65_HS1-834228961_62-HQ-83894_Section_1
Agency: FBI
Page 139
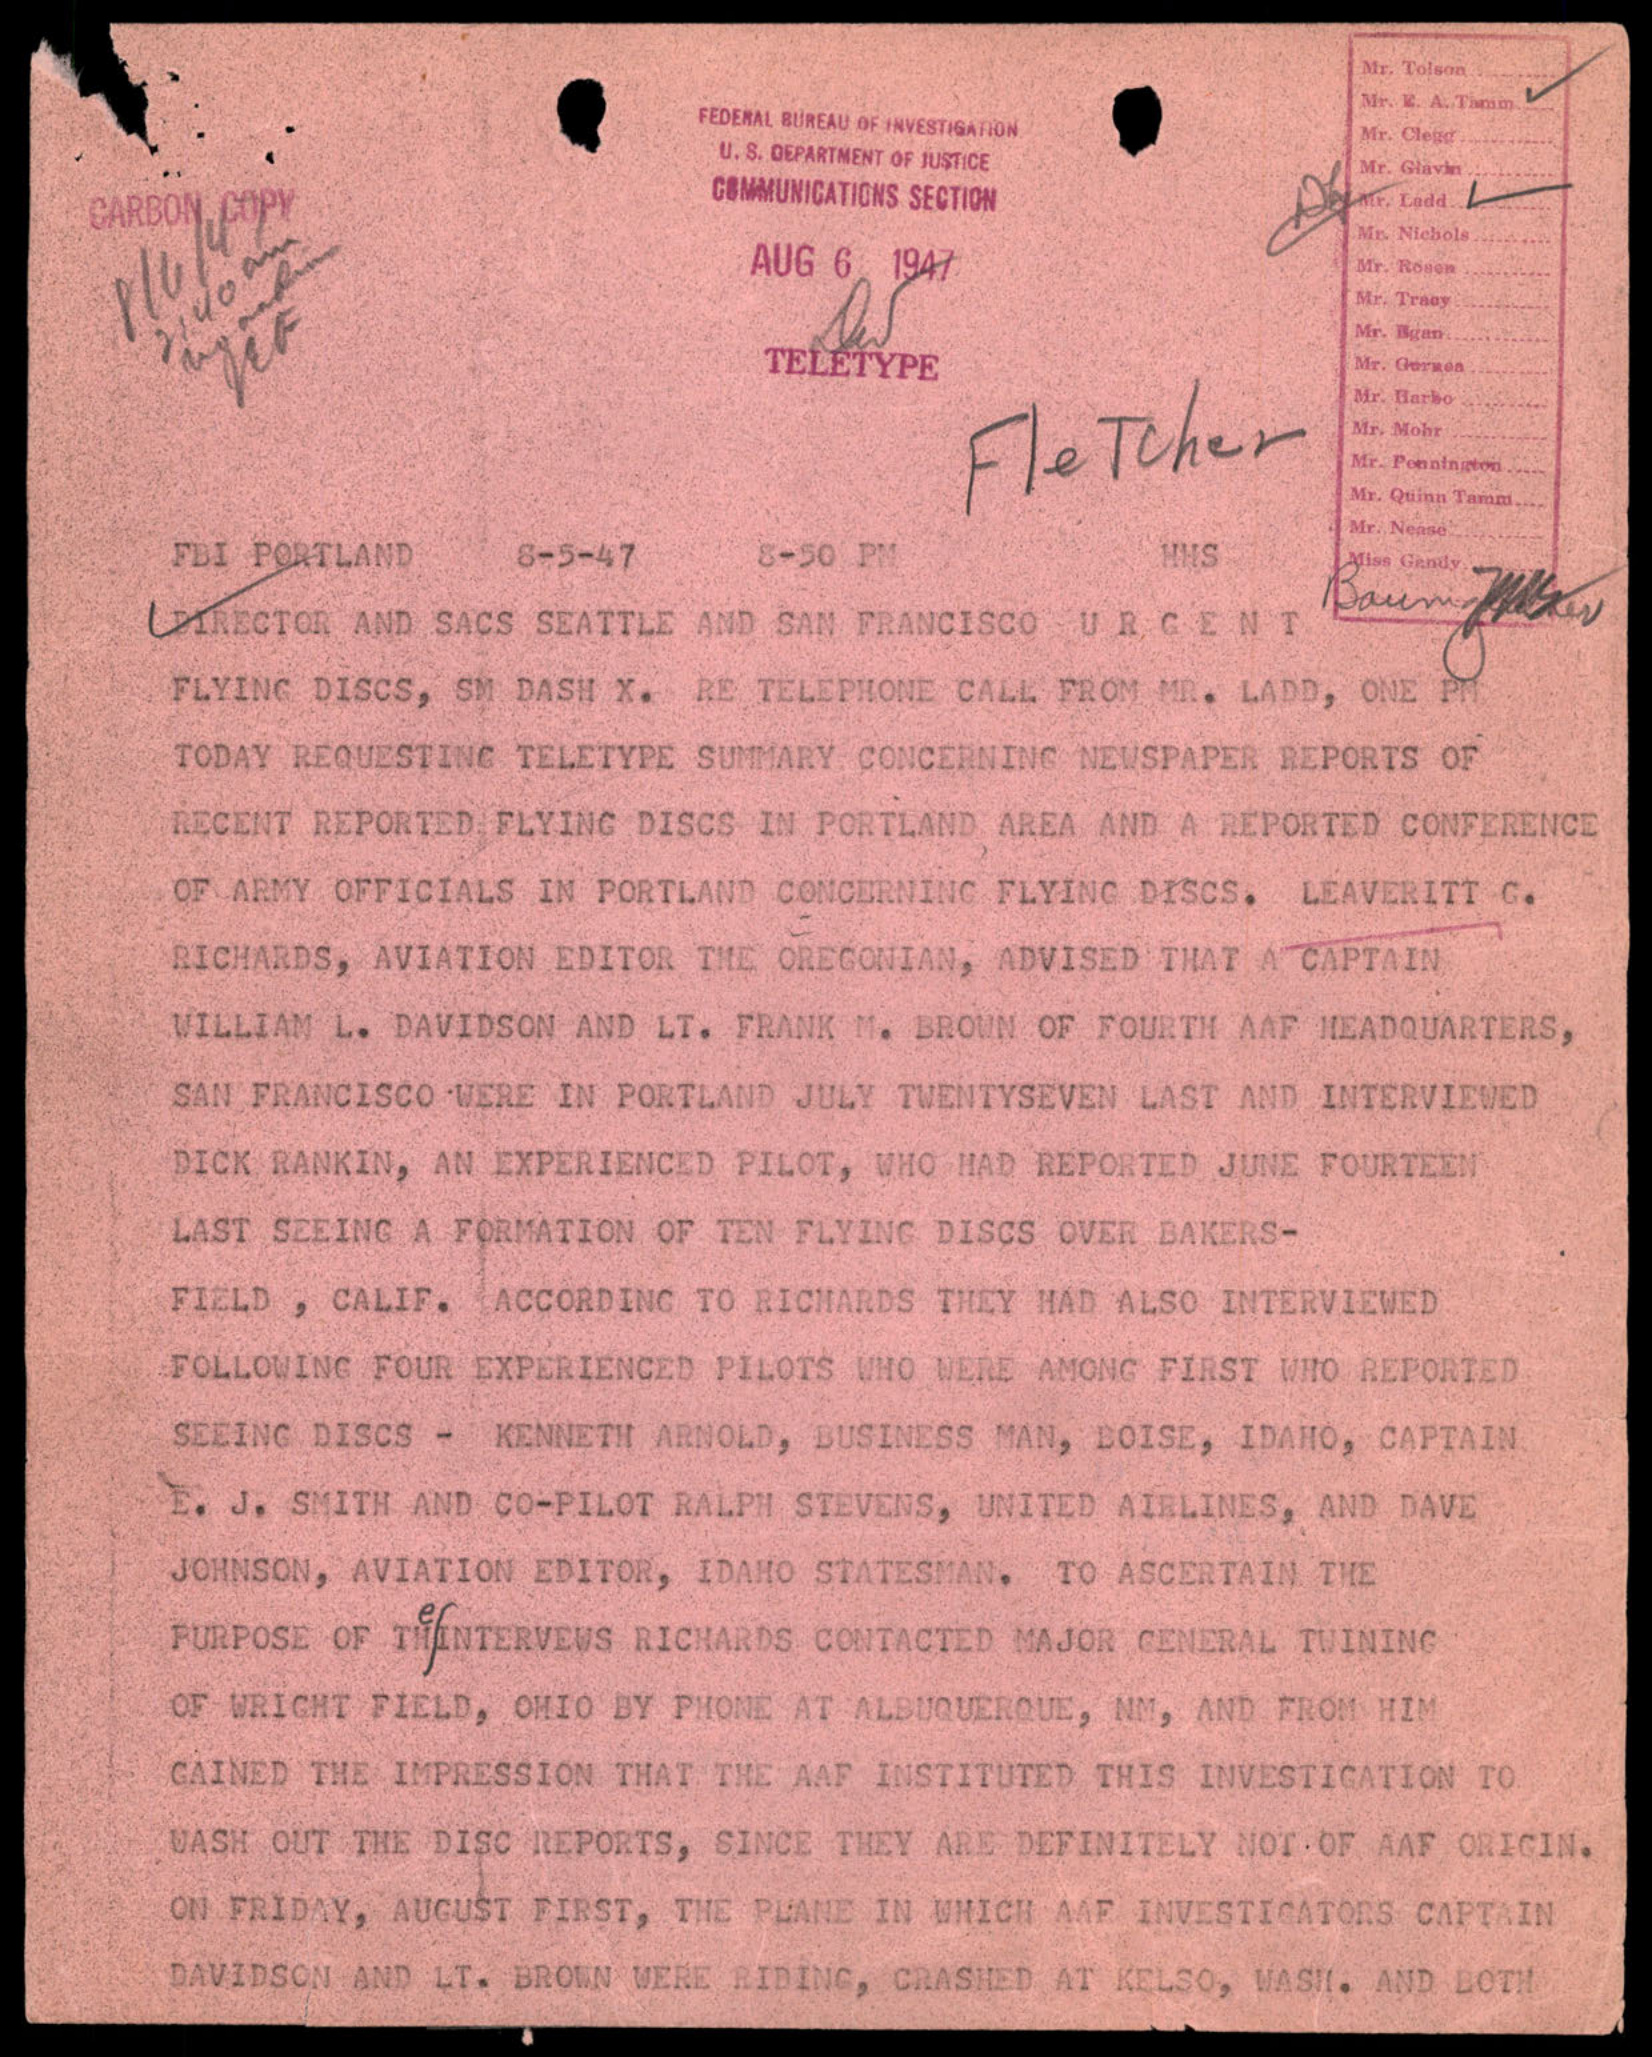